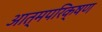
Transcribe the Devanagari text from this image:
आत्मपरिक्षण